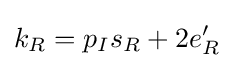
k_{R}=p_{I}s_{R}+2e'_{R}